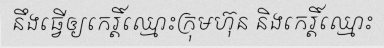
នឹងធ្វើឲ្យកេរ្តិ៍ឈ្មោះក្រុមហ៊ុន និងកេរ្តិ៍ឈ្មោះ